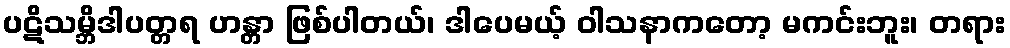
ပဋိသမ္ဘိဒါပတ္တရ ဟန္တာ ဖြစ်ပါတယ်၊ ဒါပေမယ့် ဝါသနာကတော့ မကင်းဘူး၊ တရား